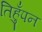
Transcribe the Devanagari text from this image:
तिहुँपन